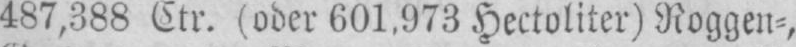
487,388 Ctr. (oder 601,973 Hectoliter) Roggen⸗,